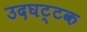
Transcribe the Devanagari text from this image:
उदघट्टक